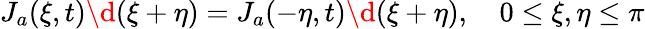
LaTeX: J_{a}(\xi,t)\d(\xi+\eta)=J_{a}(-\eta,t)\d(\xi+\eta),\quad 0\le\xi,\eta\le\pi